NAE_kihelkonnakohtute_kirjad_ja_protokollid_1869-1889, lk 4
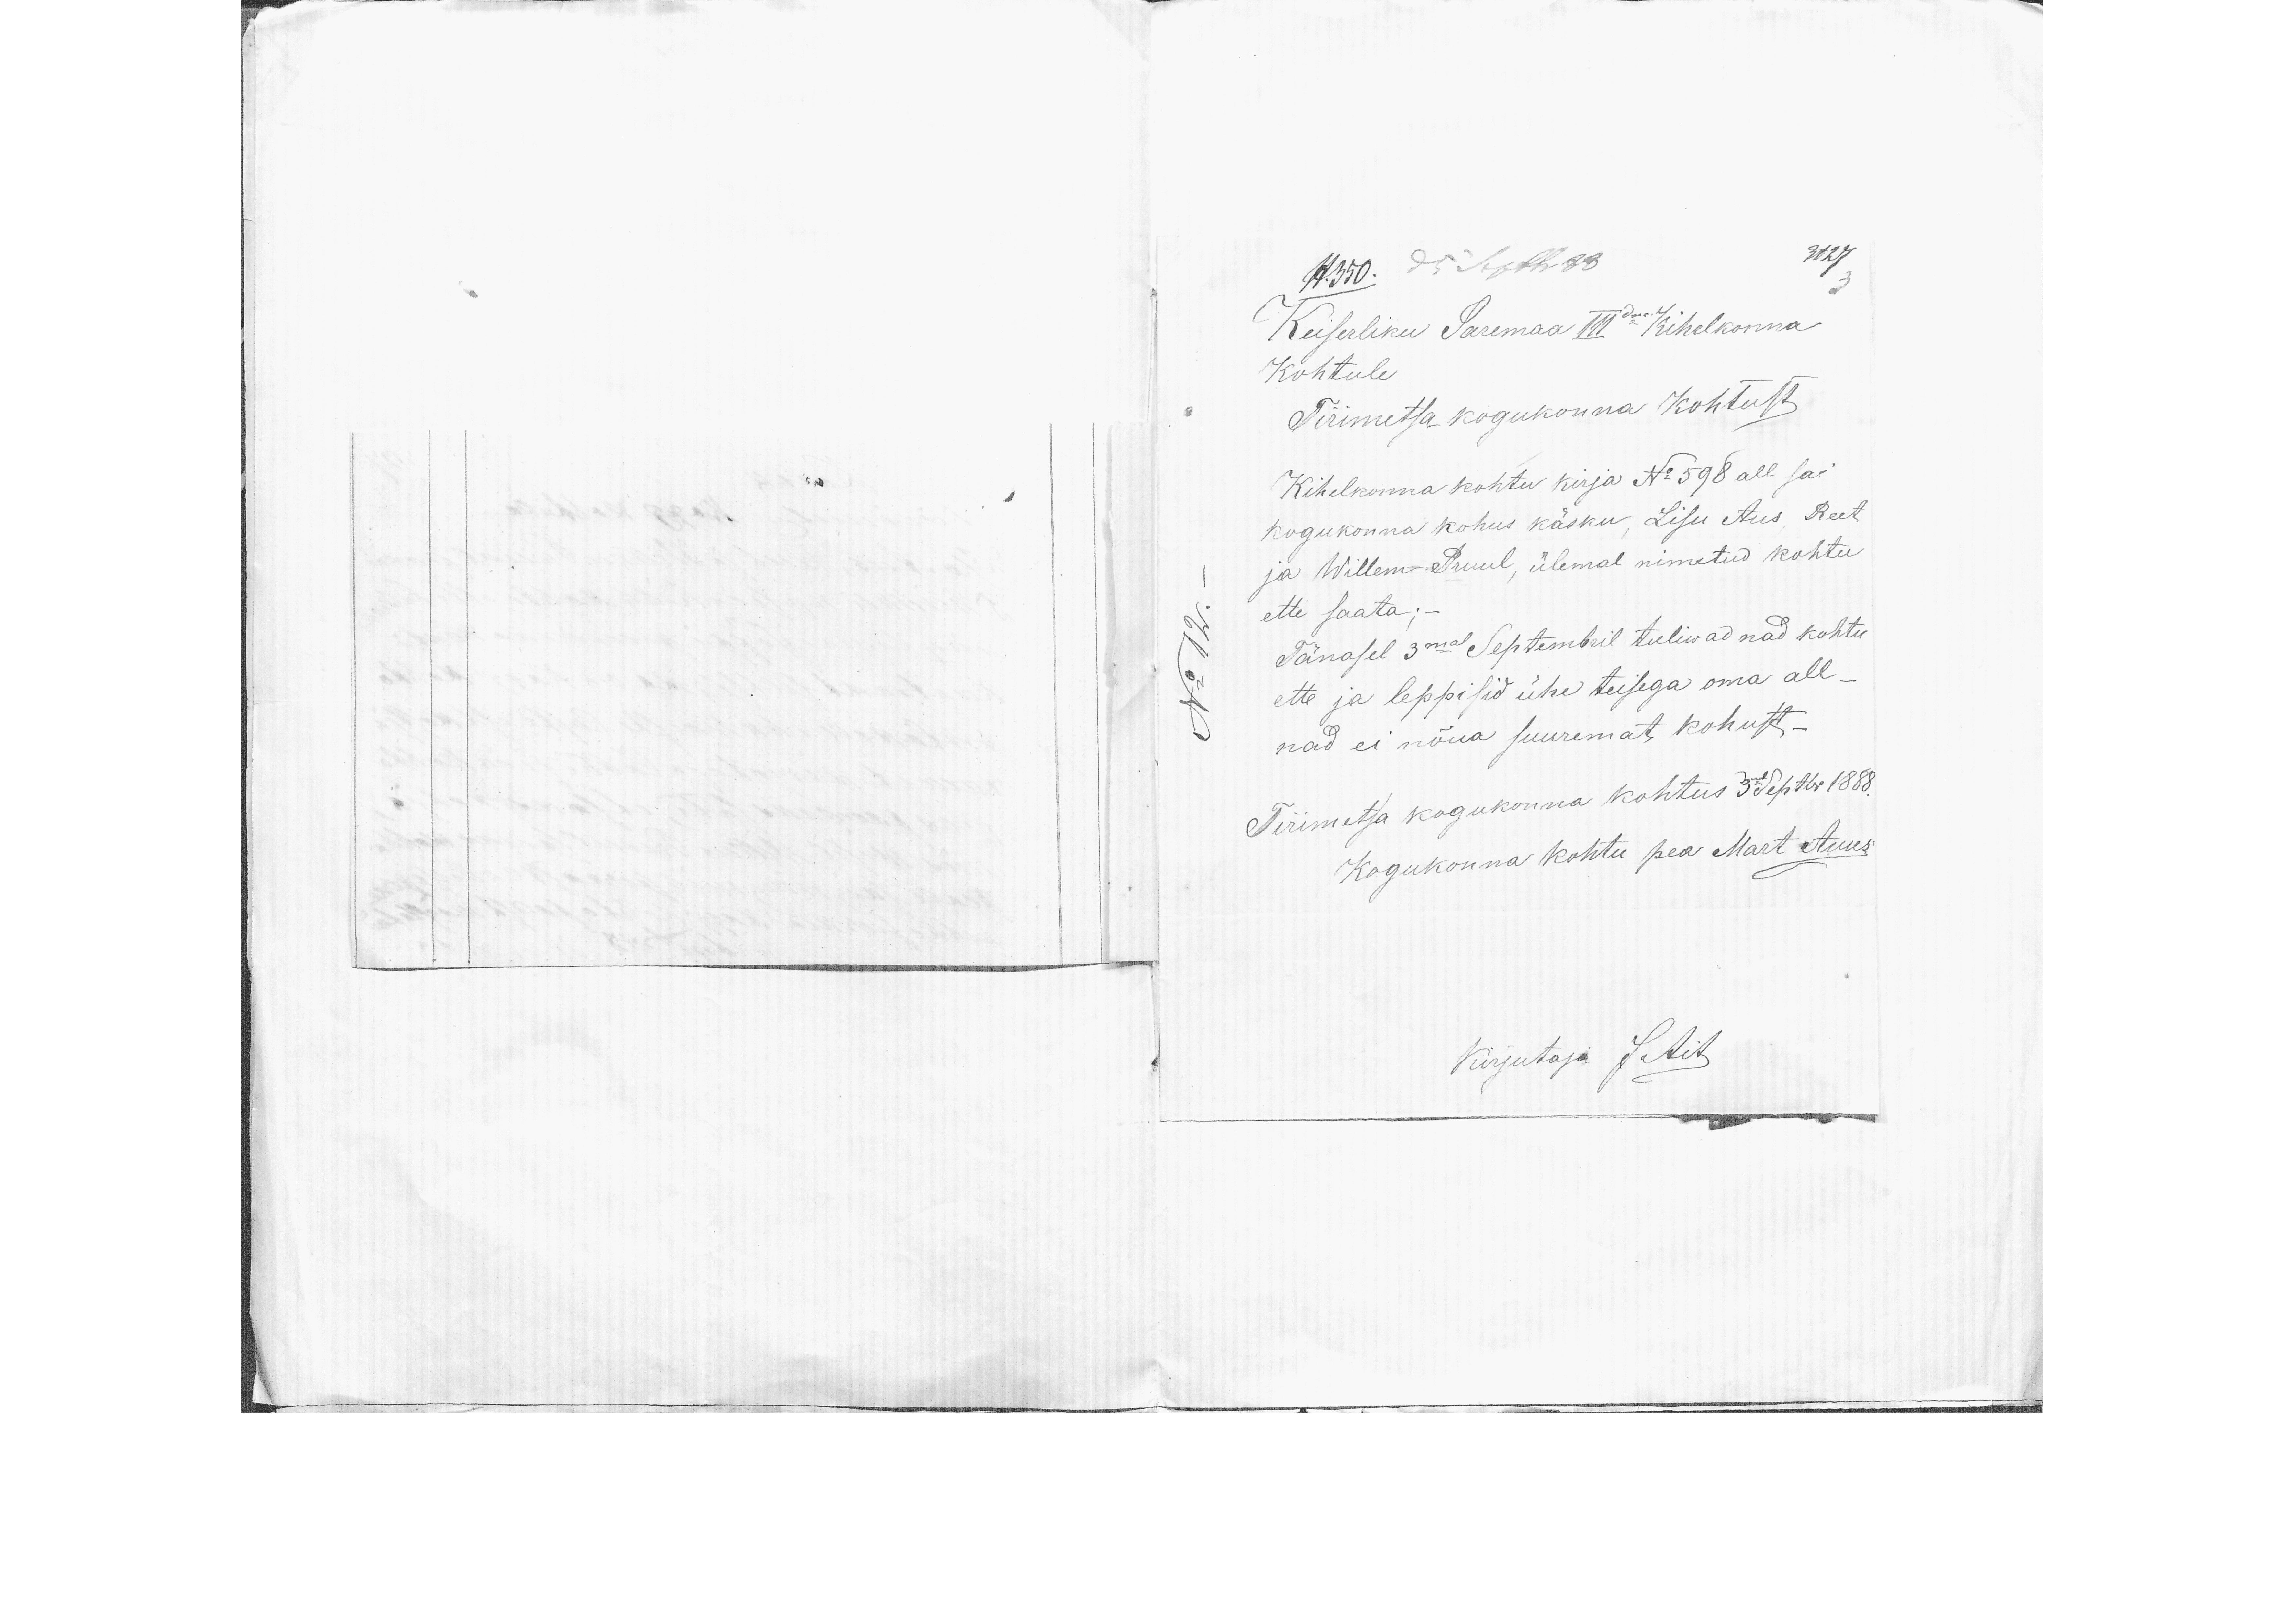
Keiserliku Saremaa IIIdale Kihelkonna
Kohtule
Tirimetsa kogukonna Kohtust
Kihelkonna kohtu kirja No 598 all sai
kogukonna kohus käsku, Lisu Aus Reet
ja Willem Pruul ülemal nimetud kohtu
ette saata.-
Tänasel 3mal Septembril tuliwad nad kohtu
ette ja leppisid ühe teisega oma all-
nad ei nõua suuremat kohut-
Tirimetsa kogukonna kohtus 3mal Septbr 1888.
Kogukonna kohtu pea Mart Auus
Kirjutaja JAit